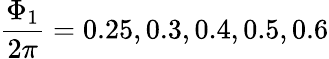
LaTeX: \frac{\Phi_{1}}{2\pi}=0.25,0.3,0.4,0.5,0.6